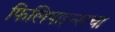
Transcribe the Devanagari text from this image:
फिलिपाइन्सचा